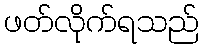
ဖတ်လိုက်ရသည်